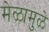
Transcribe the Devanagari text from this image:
मेळामुळे